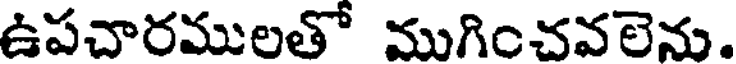
ఉపచారములతో ముగించవలెను.